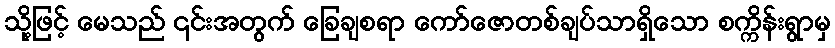
သို့ဖြင့် မေသည် ၎င်းအတွက် ခြေချစရာ ကော်ဇောတစ်ချပ်သာရှိသော စက္ကိန်းရွာမှ